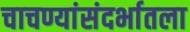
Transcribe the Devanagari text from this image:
चाचण्यांसंदर्भातला